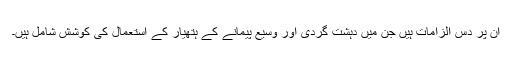
ان پر دس الزامات ہیں جن میں دہشت گردی اور وسیع پیمانے کے ہتھیار کے استعمال کی کوشش شامل ہیں۔